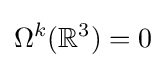
\Omega ^{k}(\mathbb {R} ^{3})=0